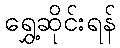
ရွှေ့ဆိုင်းရန်